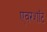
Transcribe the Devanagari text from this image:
एवरशॉट